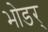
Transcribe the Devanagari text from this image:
भोडर्